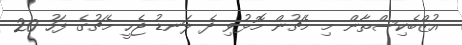
އުޒްބެކިސްތާން މި މެޗުން މޮޅުވި ދެ ލަނޑު ޖެހީ މެޗުގެ ފަހު 20